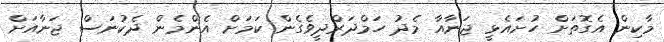
މާކިން އެގޮތަށް ހުށައެޅީ ޖަނާއާ މެދު ހަމްދަރްދީވެގެން ކަމަށް އެންމެން ދެކުނަސް ޖަނާއަށް